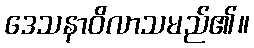
ဒေသနာဝိလာသမည်၏။